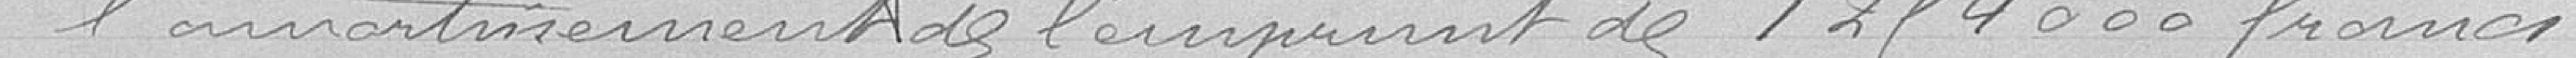
l'amortissement de l'emprunt de 1.254.000 francs.